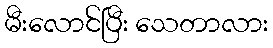
မီးလောင်ပြီး သေတာလား